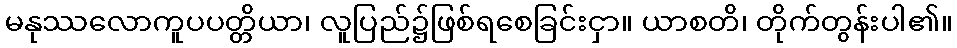
မနုဿလောကူပပတ္တိယာ၊ လူပြည်၌ဖြစ်ရစေခြင်းငှာ။ ယာစတိ၊ တိုက်တွန်းပါ၏။